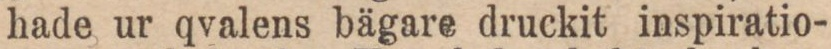
hade ur qvalens bägare druckit inspiratio-